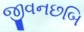
જીવનછબિ